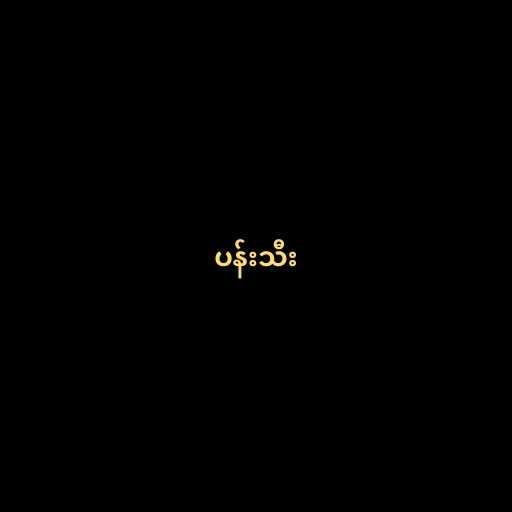
ပန်းသီး